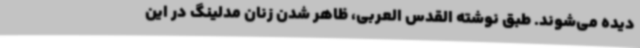
دیده می‌شوند. طبق نوشته القدس العربی، ظاهر شدن زنان مدلینگ در این